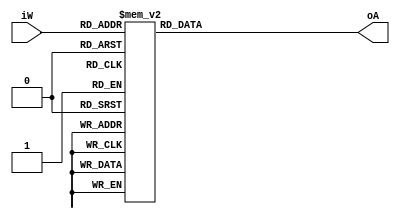
module add3_ge5(iW, oA);

	input [3:0] iW;
	output reg [3:0] oA; 

	always @ (*) //* means always at any change of any input
		case (iW) 
			//input <5, pass to output unchanged
			4'b0000: oA <=4'b0000; // e.g. if iW = 4'b0000, oA will be 4'b0000
			4'b0001: oA <=4'b0001;
			4'b0010: oA <=4'b0010;
			4'b0011: oA <=4'b0011;
			4'b0100: oA <=4'b0100;
			//input >=5, output = input +3, using shift and add 3 algorithm
			4'b0101: oA <=4'b1000;
			4'b0110: oA <=4'b1001;
			4'b0111: oA <=4'b1010;
			4'b1000: oA <=4'b1011;
			4'b1001: oA <=4'b1100;
			4'b1010: oA <=4'b1101;
			4'b1011: oA <=4'b1110;
			4'b1100: oA <=4'b1111;
			default: oA <=4'b0000; //oA cannot be 13 or larger, else overflow as 13+3 = 16
			//difference between <= and = is
			//<= unblocked: oA doesn't get assigned until the case is over
			// = blocked: oA gets assigned immediately
			
		endcase
		
endmodule